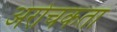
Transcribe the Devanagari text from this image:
अरोचकता